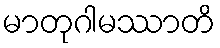
မာတုဂါမဿာတိ